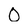
Character: O